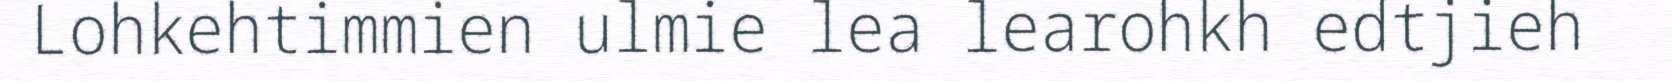
Lohkehtimmien ulmie lea learohkh edtjieh